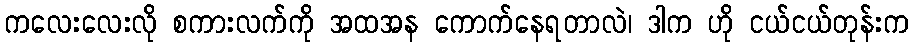
ကလေးလေးလို စကားလက်ကို အထအန ကောက်နေရတာလဲ၊ ဒါက ဟို ငယ်ငယ်တုန်းက